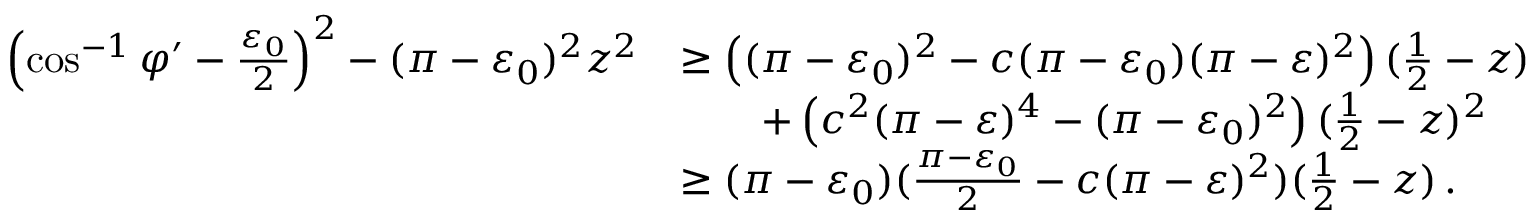
\begin{array} { r l } { \left( \cos ^ { - 1 } \varphi ^ { \prime } - \frac { \varepsilon _ { 0 } } { 2 } \right) ^ { 2 } - ( \pi - \varepsilon _ { 0 } ) ^ { 2 } z ^ { 2 } } & { \geq \left( ( \pi - \varepsilon _ { 0 } ) ^ { 2 } - c ( \pi - \varepsilon _ { 0 } ) ( \pi - \varepsilon ) ^ { 2 } \right) ( \frac { 1 } { 2 } - z ) } \\ & { \qquad + \left( c ^ { 2 } ( \pi - \varepsilon ) ^ { 4 } - ( \pi - \varepsilon _ { 0 } ) ^ { 2 } \right) ( \frac { 1 } { 2 } - z ) ^ { 2 } } \\ & { \geq ( \pi - \varepsilon _ { 0 } ) ( \frac { \pi - \varepsilon _ { 0 } } { 2 } - c ( \pi - \varepsilon ) ^ { 2 } ) ( \frac { 1 } { 2 } - z ) \, . } \end{array}